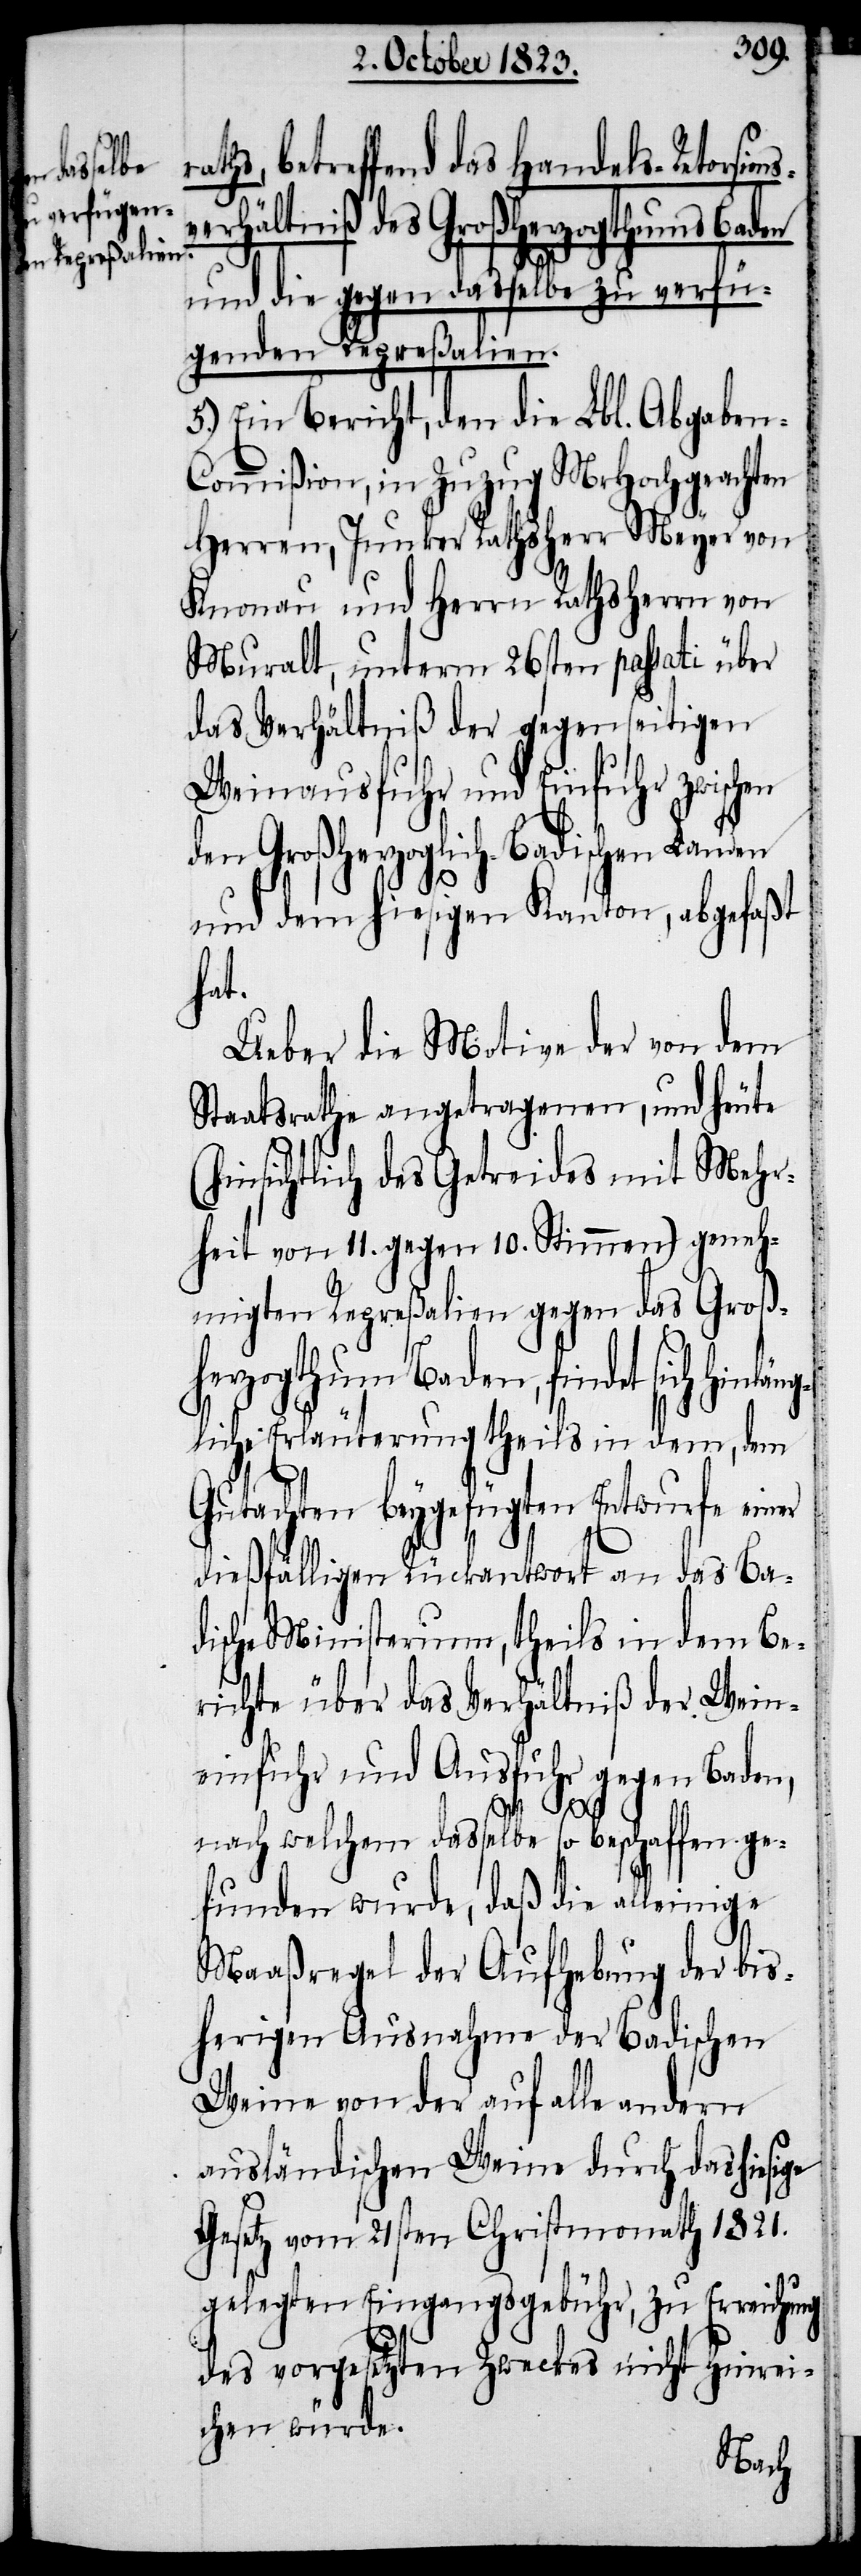
hs, betreffend das Handels-Retorsion¬
erhältniß des Großherzogthums Baden
und die gegen dasselbe zu verfü¬
genden Repreßalien.
5.) Ein Bericht, den die Lbl. Abgabe¬
ommißion, in Zuzug MrHochgeachten
Herren, Junker Rathsherr Meyer von K¬
nonau und Herrn Rathsherrn von
Muralt, unterm 26sten passati über
das Verhältniß der gegenseitigen
Weinausfuhr und Einfuhr zwischen
den Großherzogl. Badischen Landen
und dem hiesigen Kanton, abgefaßt
hat.
Ueber die Motive der von dem
Staatsrathe angetragenen, und heute
insichtlich des Getreides mit Mehr¬
heit von 11. gegen 10. Stimmen) geneh¬
migten Repreßalien gegen das Großh¬
erzogthum Baden, findet sich
gliche Erläuterung theils in dem, dem
Gutachten beygefügten Entwurfe einer
dießfälligen Rückantwort an das Ba¬
dische Ministerium, theils in dem Be¬
richte über das Verhältniß der Wein¬
einfuhr und Ausfuhr gegen Baden,
hinlän¬
nach welchem dasselbe so beschaffen ge¬
funden wurde, daß die alleinige
Maaßregel der Aufhebung der bis¬
herigen Ausnahme der Badischen
Weine von der auf alle andern
ausländischen Weine durch das hiesige
Gesetz vom 21sten Christmonath 1821.
gelegten Eingangsgebühr, zu Erreichung
des vorgesetzten Zweckes nicht hinrei¬
chen würde.